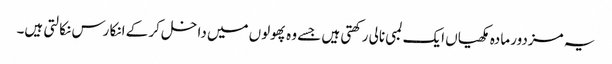
یہ مزدور مادہ مکھیاں ایک لمبی نالی رکھتی ہیں جسے وہ پھولوں میں داخل کر کے انکا رس نکالتی ہیں۔